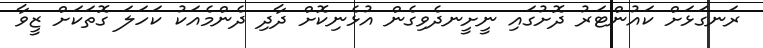
ރަނގަޅަށް ކައުންޓަރު ދޮށުގައި ނީށީނދެވިގެން އުޅެނިކޮށް ދާދި ދެންމެއަކު ކަހަލަ ގޮތަކަށް ޒީވާ